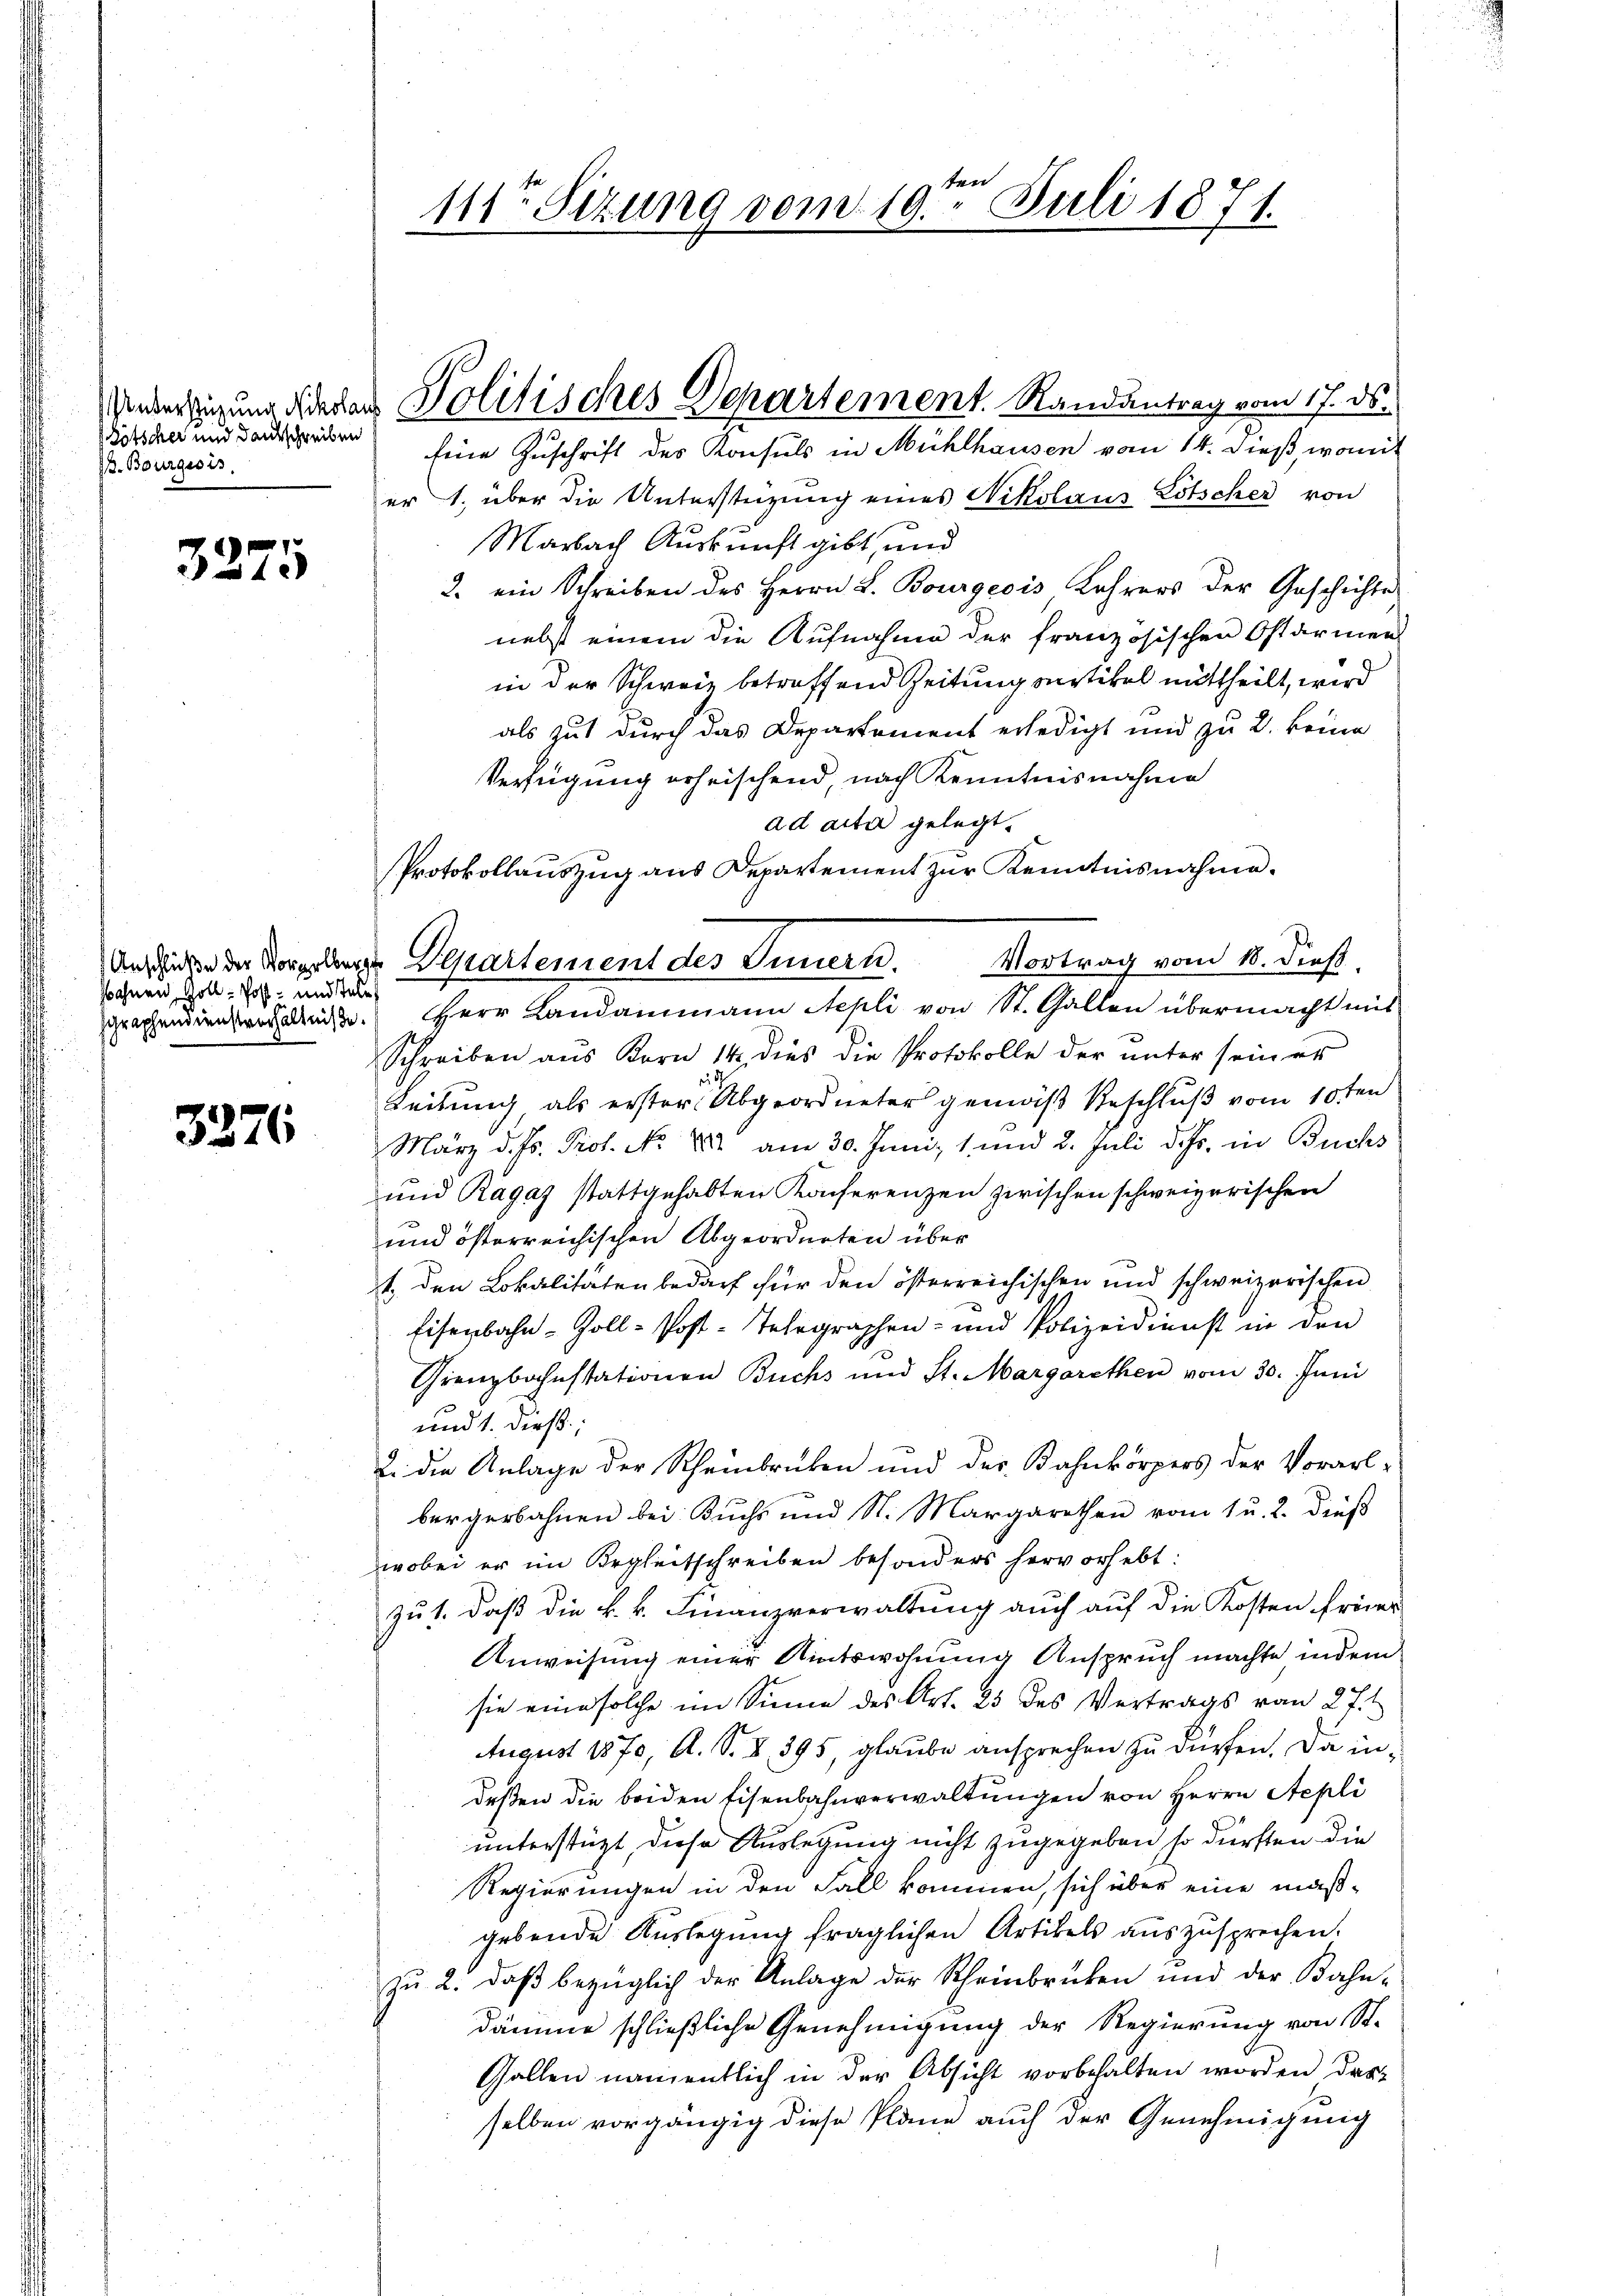
Götscher und Dankschreiben
J. Bourgesis

3275

sohnen, Zoll - Post- und Tele

3276

111ten Sitzung vom 19ten Juli 1871.

Understigung die der Politisches Departement. Randantrag vom 17. ds.

Eine Zuschrift des Konsuls in Mühlhausen vom 14. dieß, womit
er 1., über die Unterstüzung eines Nikolaus Lötscher von
Marbach Auskunft gibt, und
2. ein Schreiben des Herrn L. Bourgeois Lehrers der Geschichte
nebst einem die Aufnahme der französischen Ostarmen
in der Schweiz betreffend Zeitung vertikel mittheilt, wird
als gut durch das Departement erledigt und zu 2. keine
Verfügung erheischend, nach Kenntnisnahme
ad acta gelegt.
Protokollauszug aus Departement zur Kenntnisnahme.
graphendienrechen Herr Landammann Stepli von St. Gallen übermacht mit
Schreiben aus Korn 14 dies die Protokolle der unter seiner
Leitung, als erster Abgeordneter gemäß Beschluß vom 10ten
März d. Js. Prof. No 882 am 30. Juni, 1 und 2. Juli d. Js. in Buchs
und Ragaz stattgehabten Konferenzen zwischen schweizerischen
und österreichischen Abgeordneten über
t. den Lokalitäten bedarf für den österreichischen und schweizerischen
Eisenbahn-Zoll-Post-Telegraphen- und Polizeidienst in den
Grenzbahnstationen Buchs und St. Margarethen vom 30. Juni
und 1. dieß:
u. die Anlage der Scheinbrücken und der Bahnkörpers der Vorarlbürgerbahnen bei Kuchs und St. Margarethen vom 1 u. 2. dieß
wobei er im Begleitschreiben besonders hervorhebt:
zu 1. daß die k. k. Finanzverwaltung auch auf die Kosten freier
Anweisung einer Amtswohnung Anspruch machte indem
sie eine solche im Sinne des Art. 25 des Vertrags vom 27.
August 1870, A. S. S. 395, glaube ansprechen zu dürfen. Da in
deßen die beiden Eisenbahnverwaltungen von Herrn Stepli
unterstüzt, diese Auslegung nicht zugegeben, so dürften die
Regierungen in den Fall kommen, sich über eine mäßgebende Auslegung fraglichen Artikels auszusprechen.
zu 2. daβ bezüglich der Anlage der Scheinbrücken und der Bahn-
dämme schließliche Genehmigung der Regierung von St.
Gallen namentlich in der Absicht vorbehalten worden das
selben vorgängig diese Pläne auch der Genehmigung

Anschicke der Vorgelegte Departement des Innern. Vortrag vom 18. dieß.